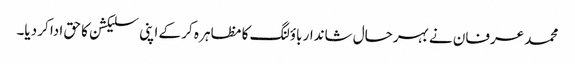
محمد عرفان نے بہرحال شاندار باؤلنگ کا مظاہر ہ کر کے اپنی سلیکشن کا حق ادا کر دیا۔